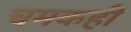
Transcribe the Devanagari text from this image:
चमकही